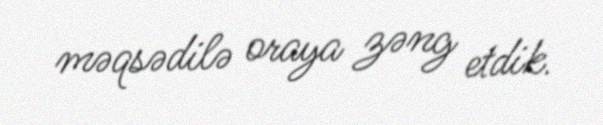
məqsədilə oraya zəng etdik.